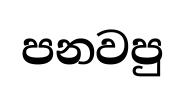
පනවපු